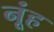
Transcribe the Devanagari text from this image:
नूंह